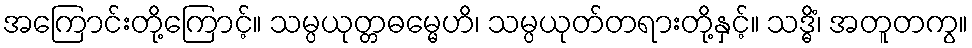
အကြောင်းတို့ကြောင့်။ သမ္ပယုတ္တဓမ္မေဟိ၊ သမ္ပယုတ်တရားတို့နှင့်။ သဒ္ဓိံ၊ အတူတကွ။